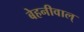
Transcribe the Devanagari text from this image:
बेहनीवाल्